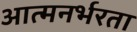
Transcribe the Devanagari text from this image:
आत्मनर्भरता